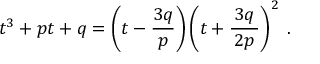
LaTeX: t ^ { 3 } + p t + q = \left( t - { \frac { 3 q } { p } } \right) \left( t + { \frac { \, 3 q \, } { 2 p } } \right) ^ { 2 } \; .